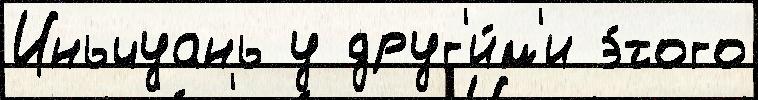
Иньчуань у друг'и́м'и э́того